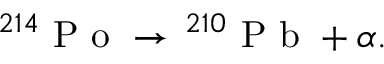
^ { 2 1 4 } \mathrm { ~ P ~ o ~ } \to \, ^ { 2 1 0 } \mathrm { ~ P ~ b ~ } + \alpha .